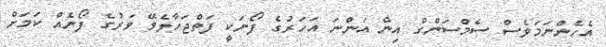
އެހެންނަމަވެސް ސެމްސަންގް އިން އަަންނަ އަހަރުގެ ފޯނަކީ ފަތްޖަހާލެވޭ ވަރުގެ ފޯނެއް ކަމަށް